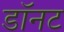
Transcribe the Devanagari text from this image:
डॉनट